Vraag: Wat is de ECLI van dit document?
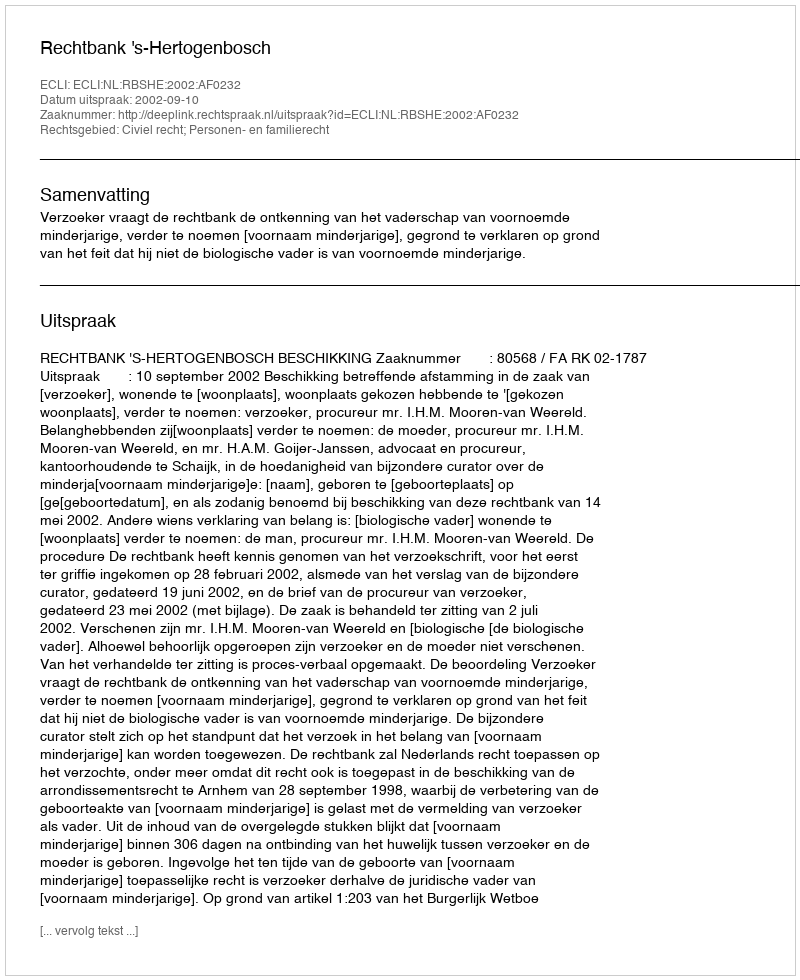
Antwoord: ECLI:NL:RBSHE:2002:AF0232